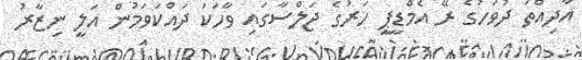
އާދިއްތަ ދުވަހުގެ ރޭ އެމްޑީޕީ ހަރުގެ ޖަލްސާގައި ވާހަކަ ދައްކަވަމުން އަލީ ނިޒާރު